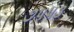
૭૫૫૩